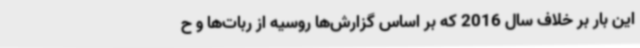
این بار بر خلاف سال 2016 که بر اساس گزارش‌ها روسیه از ربات‌ها و ح